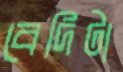
বেদিটা